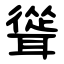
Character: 聳